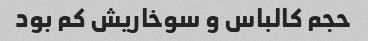
حجم کالباس و سوخاریش کم بود